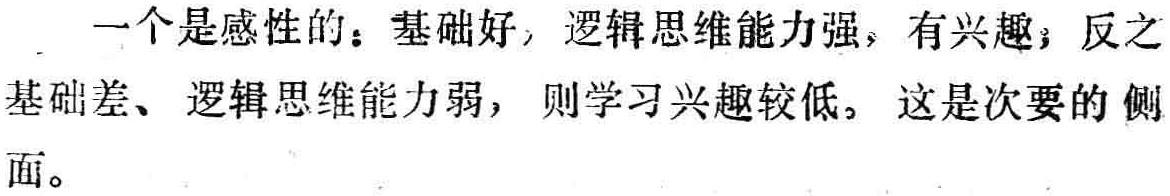
一个是感性的：基础好，逻辑思维能力强，有兴趣；反之基础差、逻辑思维能力弱，则学习兴趣较低。这是次要的侧面。